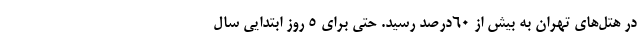
در هتل‌های تهران به بیش از ۶۰درصد رسید. حتی برای ۵ روز ابتدایی سال